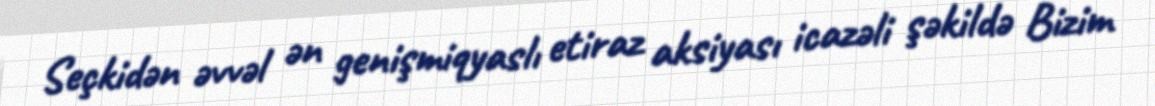
Seçkidən əvvəl ən genişmiqyaslı etiraz aksiyası icazəli şəkildə Bizim